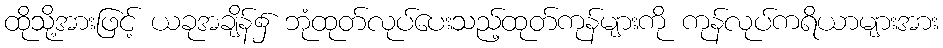
ထိုသို့အားဖြင့် ယခုအချိန်၌ ဘုံထုတ်လုပ်ပေးသည့်ထုတ်ကုန်များကို ကုန်လုပ်ကရိယာများအား